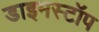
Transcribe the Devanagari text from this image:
डाइमस्टॉप